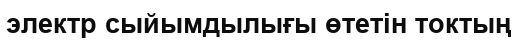
электр сыйымдылығы өтетін токтың